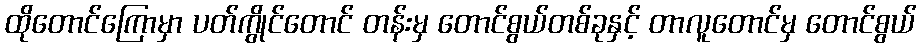
ထိုတောင်ကြောမှာ ပတ်ကွိုင်တောင် တန်းမှ တောင်စွယ်တစ်ခုနှင့် တာလူတောင်မှ တောင်စွယ်